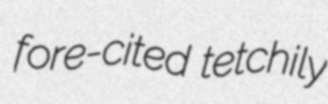
fore-cited tetchily